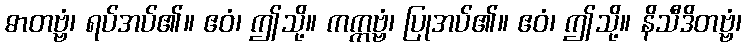
ဓာတဗ္ဗံ၊ ရပ်အပ်၏။ ဧဝံ၊ ဤသို့။ ကက္ကဗ္ဗံ၊ ပြုအပ်၏။ ဧဝံ၊ ဤသို့။ နိသီဒိတဗ္ဗံ၊